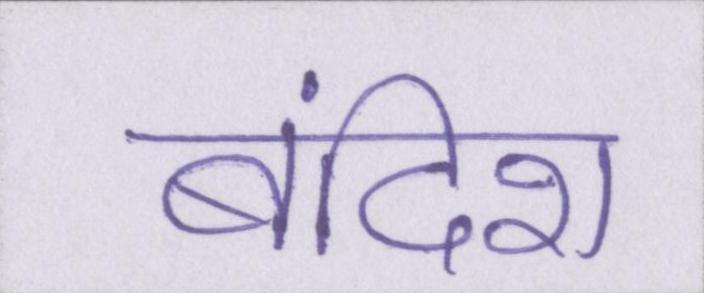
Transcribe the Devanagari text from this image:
बंदिश